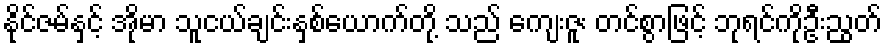
နိုင်ဇမ်နှင့် အိုမာ သူငယ်ချင်းနှစ်ယောက်တို့ သည် ကျေးဇူး တင်စွာဖြင့် ဘုရင်ကိုဦးညွတ်